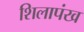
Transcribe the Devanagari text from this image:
शिलापंख